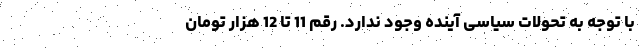
با توجه به تحولات سیاسی آینده وجود ندارد. رقم 11 تا 12 هزار تومان